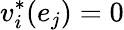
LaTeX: v_{i}^{*}(e_{j})=0